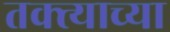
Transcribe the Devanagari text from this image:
तक्त्याच्या